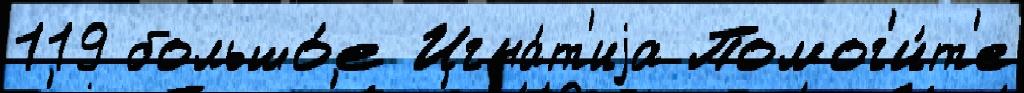
119 большо́е Игна́т'иjа Помог'и́т'е